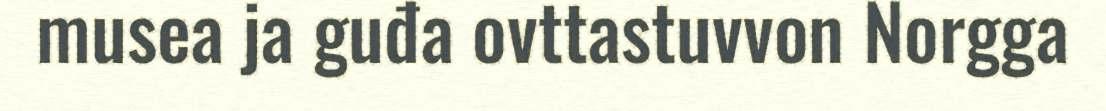
musea ja guđa ovttastuvvon Norgga